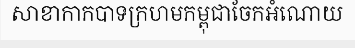
សាខាកាកបាទក្រហមកម្ពុជាចែកអំណោយ